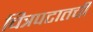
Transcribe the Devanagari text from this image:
चित्रपटातची